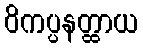
ဝိကပ္ပနတ္ထာယ